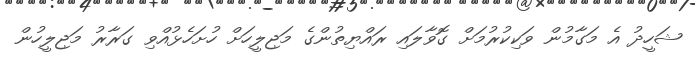
ޝަހީދު އެ މަގާމުން ވަކިކުރުމަށް ގޮވާލައި ރައްޔިތުންގެ މަޖިލީހަށް ހުށަހެޅުއްވި ގަރާރު މަޖިލީހުން